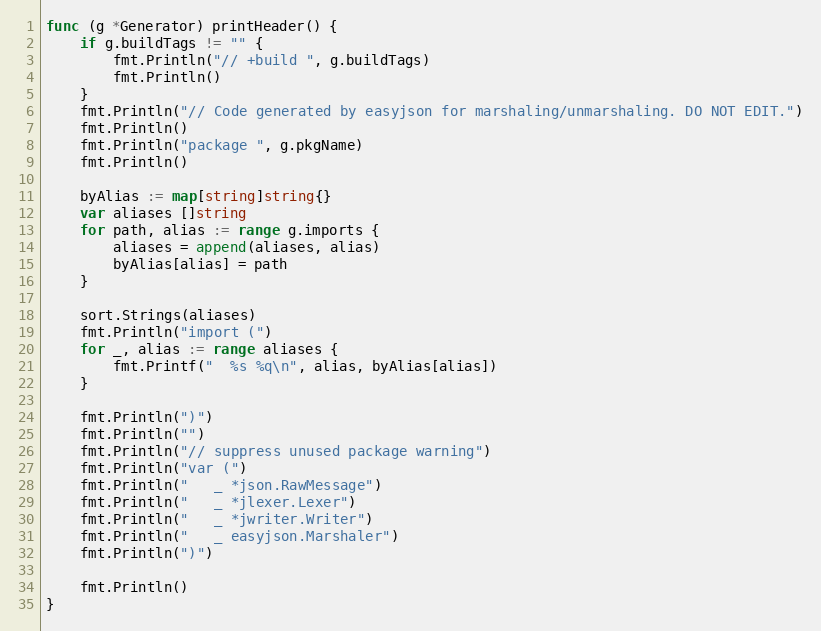
Language: Go
func (g *Generator) printHeader() {
	if g.buildTags != "" {
		fmt.Println("// +build ", g.buildTags)
		fmt.Println()
	}
	fmt.Println("// Code generated by easyjson for marshaling/unmarshaling. DO NOT EDIT.")
	fmt.Println()
	fmt.Println("package ", g.pkgName)
	fmt.Println()

	byAlias := map[string]string{}
	var aliases []string
	for path, alias := range g.imports {
		aliases = append(aliases, alias)
		byAlias[alias] = path
	}

	sort.Strings(aliases)
	fmt.Println("import (")
	for _, alias := range aliases {
		fmt.Printf("  %s %q\n", alias, byAlias[alias])
	}

	fmt.Println(")")
	fmt.Println("")
	fmt.Println("// suppress unused package warning")
	fmt.Println("var (")
	fmt.Println("   _ *json.RawMessage")
	fmt.Println("   _ *jlexer.Lexer")
	fmt.Println("   _ *jwriter.Writer")
	fmt.Println("   _ easyjson.Marshaler")
	fmt.Println(")")

	fmt.Println()
}